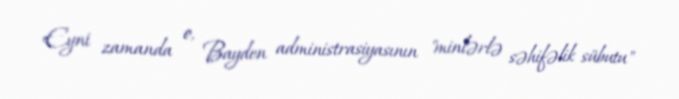
Eyni zamanda o, Bayden administrasiyasının "minlərlə səhifəlik sübutu"